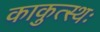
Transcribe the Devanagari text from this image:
काकुत्स्थः